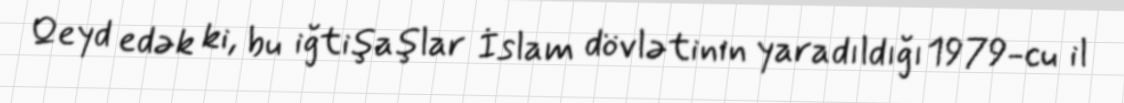
Qeyd edək ki, bu iğtişaşlar İslam dövlətinin yaradıldığı 1979-cu il